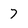
Character: 7